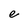
Character: e